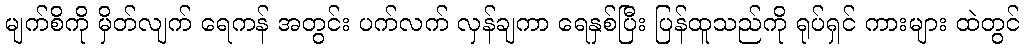
မျက်စိကို မှိတ်လျက် ရေကန် အတွင်း ပက်လက် လှန်ချကာ ရေနှစ်ပြီး ပြန်ထူသည်ကို ရုပ်ရှင် ကားများ ထဲတွင်